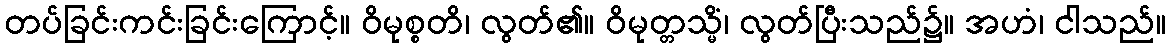
တပ်ခြင်းကင်းခြင်းကြောင့်။ ဝိမုစ္စတိ၊ လွတ်၏။ ဝိမုတ္တသ္မိံ၊ လွတ်ပြီးသည်၌။ အဟံ၊ ငါသည်။